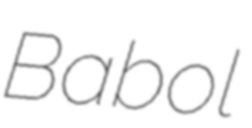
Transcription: Babol